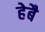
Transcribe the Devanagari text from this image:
हेबै